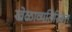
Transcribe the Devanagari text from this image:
खेळाव्यतिरिक्त